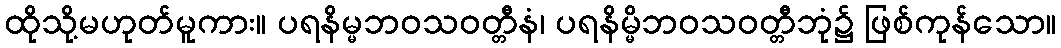
ထိုသို့မဟုတ်မူကား။ ပရနိမ္မဘဝသဝတ္တီနံ၊ ပရနိမ္မိဘဝသဝတ္တီဘုံ၌ ဖြစ်ကုန်သော။